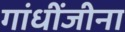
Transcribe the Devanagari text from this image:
गांधींजीना